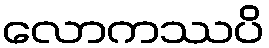
လောကဿပိ